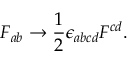
F _ { a b } \rightarrow { \frac { 1 } { 2 } } \epsilon _ { a b c d } F ^ { c d } .